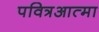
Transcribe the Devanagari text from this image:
पवित्रआत्मा